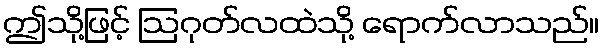
ဤသို့ဖြင့် ဩဂုတ်လထဲသို့ ရောက်လာသည်။